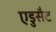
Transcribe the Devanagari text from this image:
एडुसैट